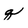
Character: q